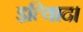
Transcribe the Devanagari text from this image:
इत्यािद।